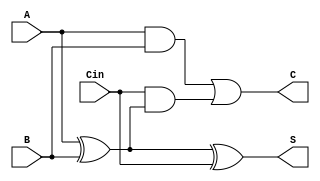
module csa (
    input [N-1:0] A,     // Operand A
    input [N-1:0] B,     // Operand B
    input [N-1:0] Cin,   // Carry input
    output [N-1:0] S,    // Sum output
    output [N-1:0] C     // Carry output
);
    parameter N = 32; // Bit width

    assign S = A ^ B ^ Cin; // Sum: Bitwise XOR
    assign C = (A & B) | (Cin & (A ^ B)); // Carry: AND + propagate

endmodule